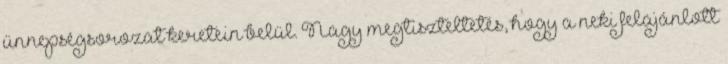
ünnepségsorozat keretein belül. Nagy megtiszteltetés, hogy a neki felajánlott